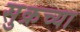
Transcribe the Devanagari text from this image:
सुक्रच्या